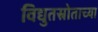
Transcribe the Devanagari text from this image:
विद्युतस्रोताच्या